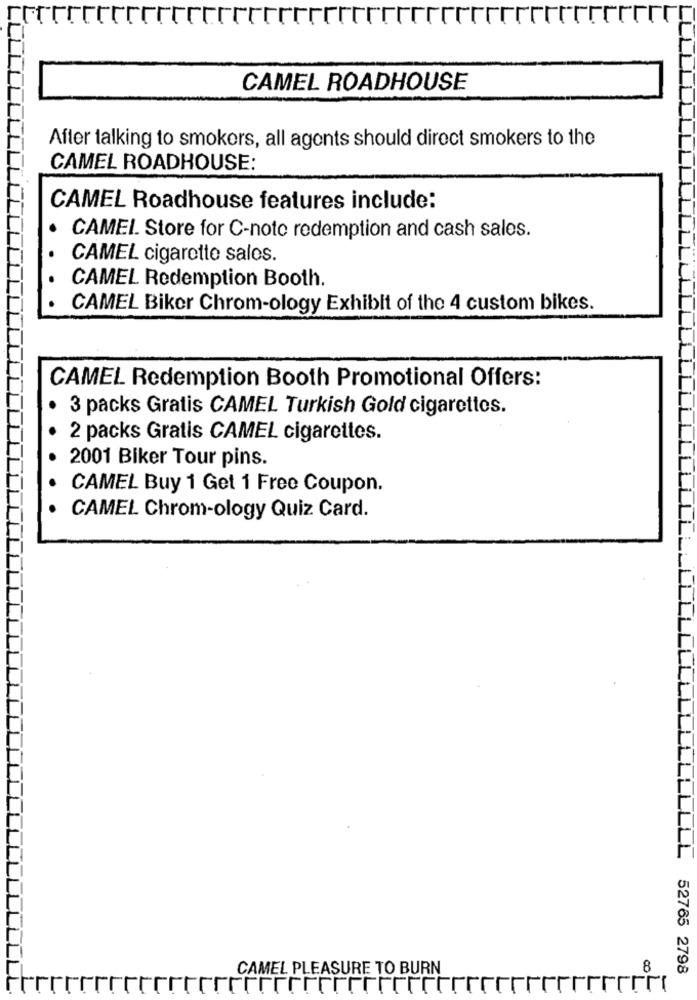
CAMEL ROADHOUSE
After talking to smokers, all agents should direct smokers to the
CAMEL ROADHOUSE:
CAMEL Roadhouse features include:
CAMEL. Store for C-note redemption and cash sales.
CAMEL cigarette sales.
CAMEL Redemption Booth.
CAMEL Biker Chrom-ology Exhibit of the 4 custom bikes.
CAMEL Redemption Booth Promotional Offers:
3 packs Gratis CAMEL Turkish Gold cigarettes.
2 packs Gratis CAMEL cigarettes.
2001 Biker Tour pins.
CAMEL Buy 1 Get 1 Free Coupon.
CAMEL Chrom-ology Quiz Card.
CAMEL PLEASURE TO BURN
8
LLLLL 52765 2798
T